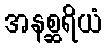
အနစ္ဆရိယံ